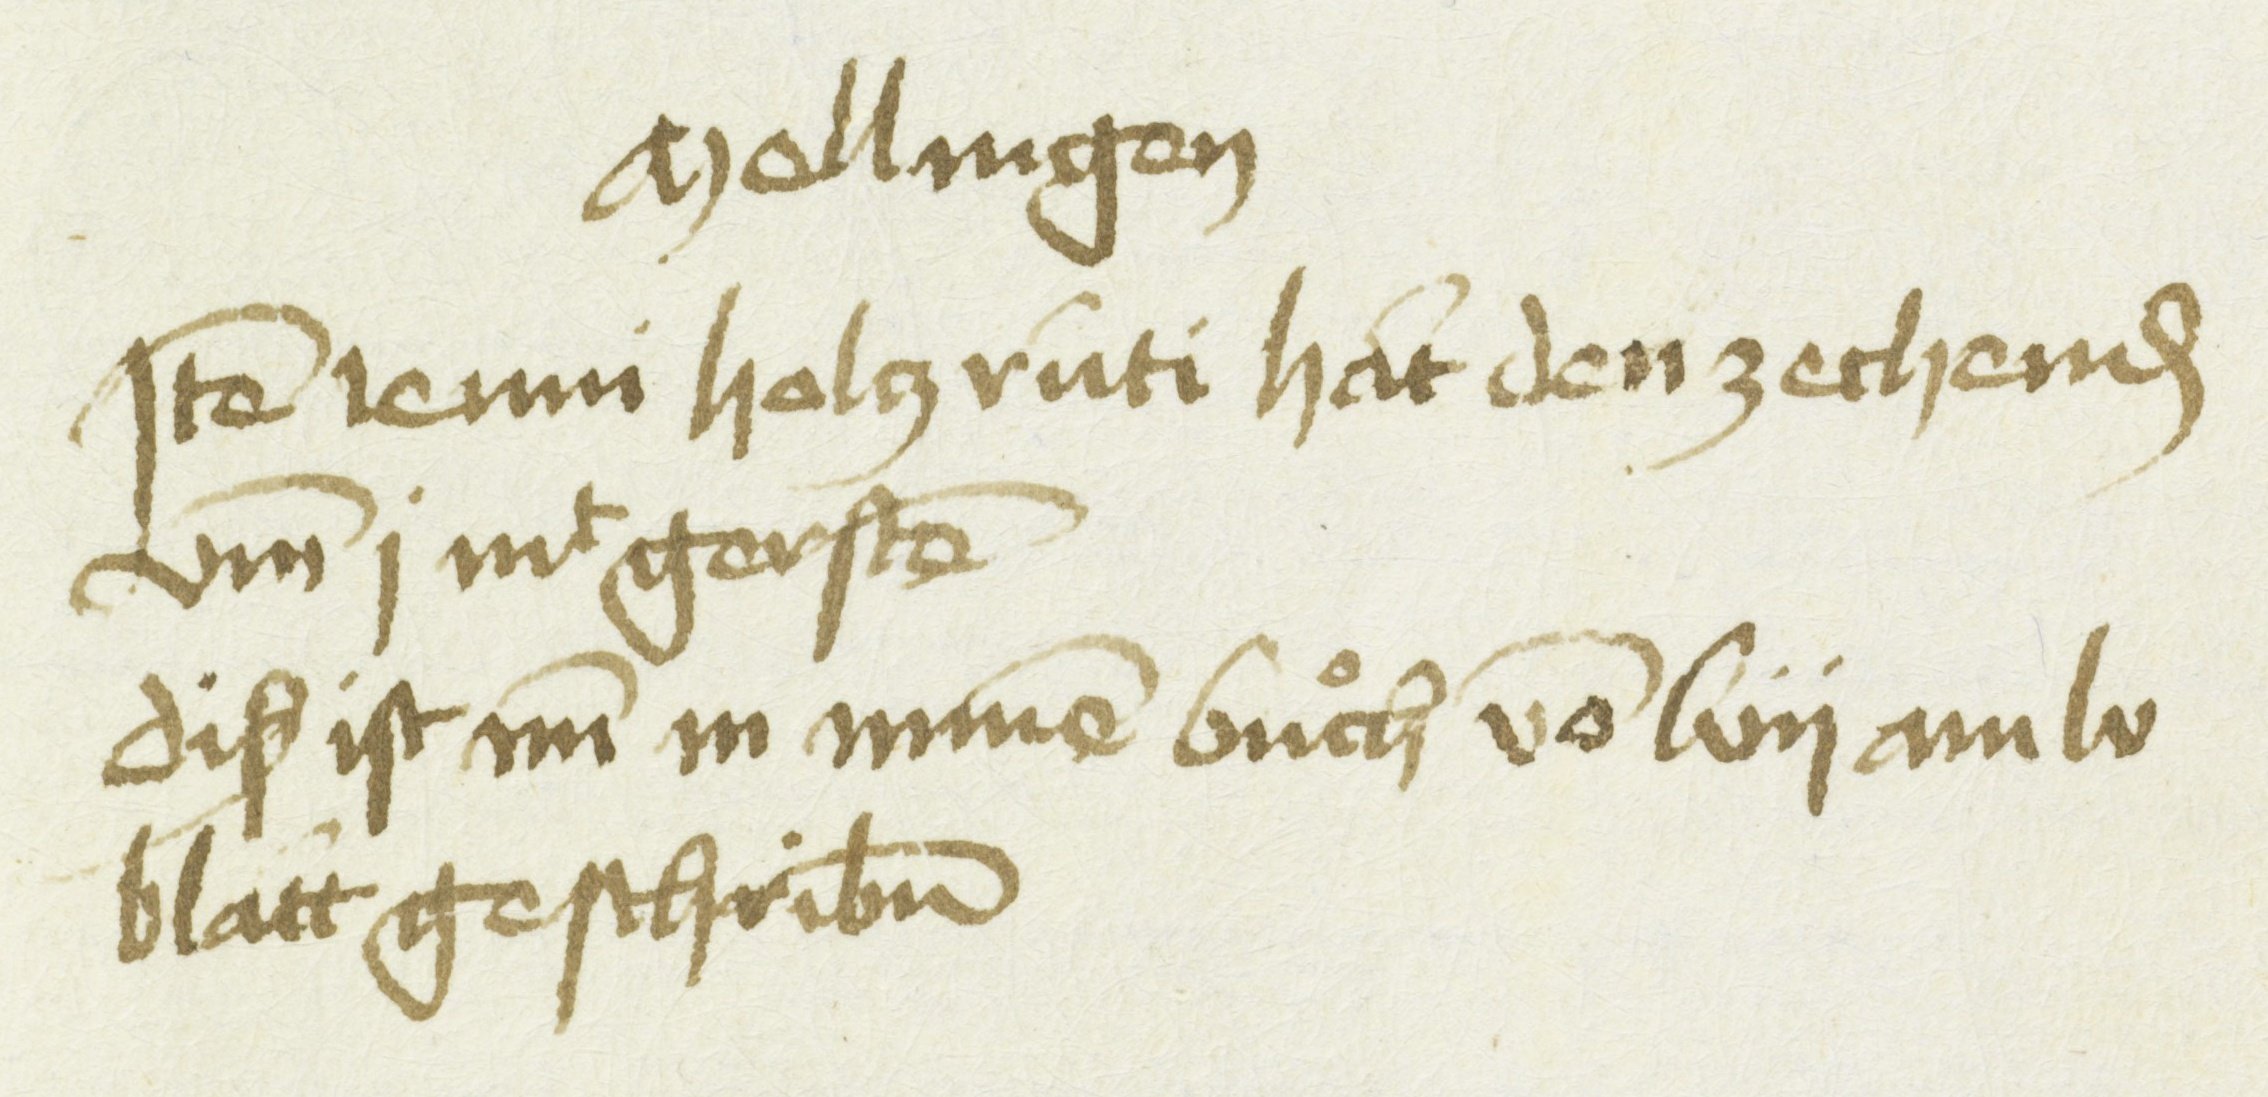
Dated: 1451–1457